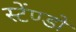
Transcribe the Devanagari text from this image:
स्टेंण्डों